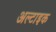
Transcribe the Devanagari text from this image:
अल्टाइक